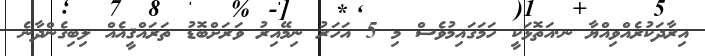
އިރާދަކުރެއްވިއްޔާ ނ.އަތޮޅަކީ ހަމަގައިމުވެސް މި 5 އަހަރު ނިމޭއިރު ވަރަށްބޮޑު ތަރައްޤީއެއް ލިބިގެންދާނެ